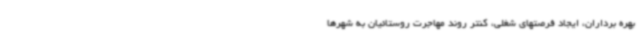
بهره برداران، ایجاد فرصتهای شغلی، کنتر روند مهاجرت روستائیان به شهرها